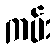
ကမ်း